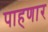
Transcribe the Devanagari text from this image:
पाहणार